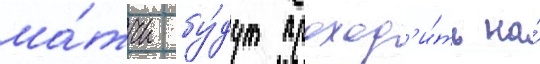
ма́тчи бу́дут проход'и́ть на́